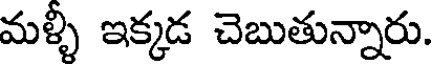
మళ్ళీ ఇక్కడ చెబుతున్నారు.